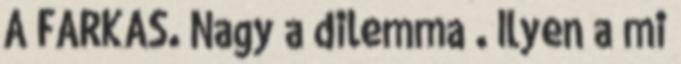
A FARKAS. Nagy a dilemma . Ilyen a mi